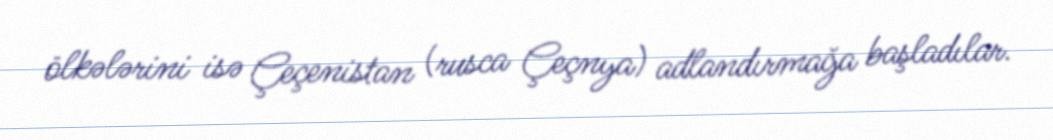
ölkələrini isə Çeçenistan (rusca Çeçnya) adlandırmağa başladılar.